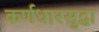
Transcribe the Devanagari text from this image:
कर्णधारसुद्धा